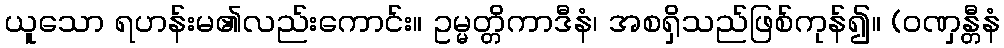
ယူသော ရဟန်းမ၏လည်းကောင်း။ ဥမ္မတ္တိကာဒီနံ၊ အစရှိသည်ဖြစ်ကုန်၍။ (ဝဏှန္တီနံ